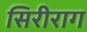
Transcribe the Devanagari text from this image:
सिरीराग